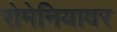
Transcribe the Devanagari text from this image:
रोमेनियावर